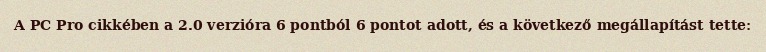
A PC Pro cikkében a 2.0 verzióra 6 pontból 6 pontot adott, és a következő megállapítást tette: